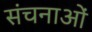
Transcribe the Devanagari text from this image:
संचनाओं